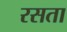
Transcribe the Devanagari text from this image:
रसता